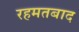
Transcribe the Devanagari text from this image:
रहमतबाद